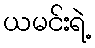
ယမင်းရဲ့